Annual statistical returns and brief notes on vaccination in Bengal - 1887-1898
Year: 1887
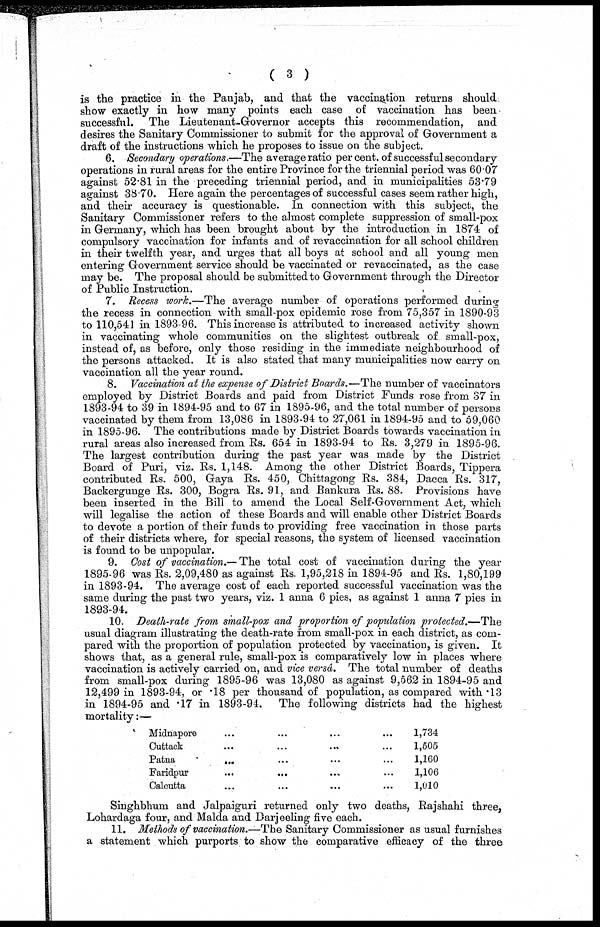
( 3 )
is the practice in the Panjab, and that the vaccination returns should
show exactly in how many points each case of vaccination has been
successful. The Lieutenant-Governor accepts this recommendation, and
desires the Sanitary Commissioner to submit for the approval of Government a
draft of the instructions which he proposes to issue on the subject.
6. Secondary operations.—The average ratio per cent. of successful secondary
operations in rural areas for the entire Province for the triennial period was 60.07
against 52.81 in the preceding triennial period, and in municipalities 53.79
against 38.70. Here again the percentages of successful cases seem rather high,
and their accuracy is questionable. In connection with this subject;, the
Sanitary Commissioner refers to the almost complete suppression of small-pox
in Germany, which has been brought about by the introduction in 1874 of
compulsory vaccination for infants and of revaccination for all school children
in their twelfth year, and urges that all boys at school and all young men
entering Government service should be vaccinated or revaccinated, as the case
may be. The proposal should be submitted to Government through the Director
of Public Instruction.
7. Recess work.—The average number of operations performed during
the recess in connection with small-pox epidemic rose from 75,357 in 1890-93
to 110,541 in 1893-96. This increase is attributed to increased activity shown
in vaccinating whole communities on the slightest outbreak of. small-pox,
instead of, as before, only those residing in the immediate neighbourhood of
the persons attacked. It is also stated that many municipalities now carry on
vaccination all the year round.
8. Vaccination at the expense of District Boards.—The number of vaccinators
employed by District Boards and paid from District Funds rose from 37 in
1893-94 to 39 in 1894-95 and to 67 in 1895-96, and the total number of persons
vaccinated by them from 13,086 in 1893-94 to 27,061 in 1894-95 and to 59,060
in 1895-96. The contributions made by District Boards towards vaccination in
rural areas also increased from Rs. 654 in 1893-94 to Rs. 3,279 in 1895-96.
The largest contribution during the past year was made by the District
Board of Puri, viz. Rs. 1,148. Among the other District Boards, Tippera
contributed Rs. 500, Gaya Rs. 450, Chittagong Rs. 384, Dacca Rs. 317,
Backergunge Rs. 300, Bogra Rs. 91, and Bankura Rs. 88. Provisions have
been inserted in the Bill to amend the Local Self-Government Act, which
will legalise the action of these Boards and will enable other District Boards
to devote a portion of their funds to providing free vaccination in those parts
of their districts where, for special reasons, the system of licensed vaccination
is found to be unpopular.
9. Cost of vaccination.— The total cost of vaccination during the year
1895-96 was Rs. 2,09,480 as against Rs. 1,95,218 in 1894-95 and Rs. 1,80,199
in 1893-94. The average cost of each reported successful vaccination was the
same during the past two years, viz. 1 anna 6 pies, as against 1 anna 7 pies in
1893-94.
10. Death-rate from small-pox and proportion of population protected.—The
usual diagram illustrating the death-rate from small-pox in each district, as com-
pared with the proportion of population protected by vaccination, is given. It
shows that, as a general rule, small-pox is comparatively low in places where
vaccination is actively carried on, and vice versâ. The total number of deaths
from small-pox during 1895-96 was 13,080 as against 9,562 in 1894-95 and
12,499 in 1893-94, or .18 per thousand of population, as compared with .13
in 1894-95 and .17 in 1893-94. The following districts had the highest
mortality:—
Midnapore ... ... ... ...
Cuttack ... ... ... ...
Patna ... ... ... ...
Faridpur
...
...
...
...
Calcutta ... ... ... ...
1,734
1,505
1,160
1,106
1,010
Singhbhum and Jalpaiguri returned only two deaths, Rajshahi three,
Lohardaga four, and Malda and Darjeeling five each.
11. Methods of vaccination.—The Sanitary Commissioner as usual furnishes
a statement which purports to show the comparative efficacy of the three